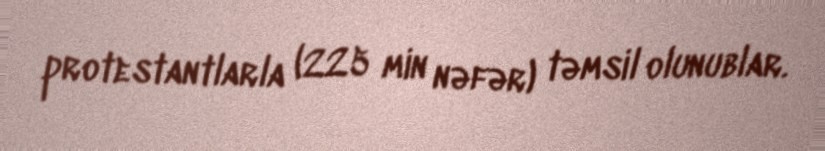
protestantlarla (225 min nəfər) təmsil olunublar.